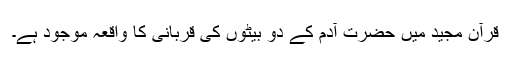
قرآن مجید میں حضرت آدم کے دو بیٹوں کی قربانی کا واقعہ موجود ہے۔